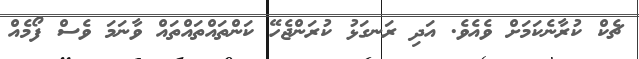
ޗެކް ކުރާނެކަމަށް ވެއެވެ. އަދި ރަނގަޅު ކުރަންޖެހޭ ކަންތައްތައްތައް ވާނަމަ ވެސް ފޯމެއް